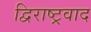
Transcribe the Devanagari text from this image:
द्विराष्ट्रवाद